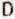
D